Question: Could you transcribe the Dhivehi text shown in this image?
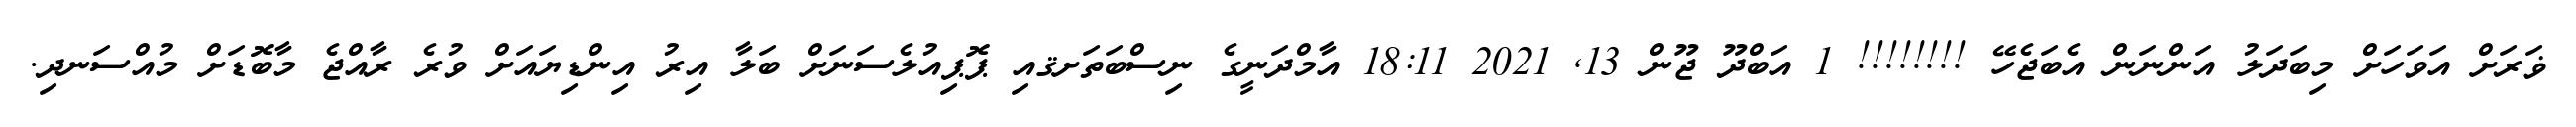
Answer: ޥަރަށް އަވަހަށް މިބަދަލު އަންނަން އެބަޖެހޭ !!!!!!!! 1 އަބްދޫ ޖޫން 13, 2021 18:11 އާމްދަނީގެ ނިސްބަތަށޤއި ޕޮޕިއުލެސަނަށް ބަލާ އިރު އިންޑިޔައަށް ވުރެ ރާއްޖެ މާބޮޑަށް މުއްސަނދި.